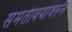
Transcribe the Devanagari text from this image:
संमतीवयावरून